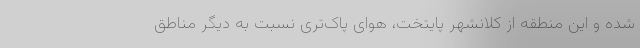
شده و این منطقه از کلانشهر پایتخت، هوای پاک‌تری نسبت به دیگر مناطق